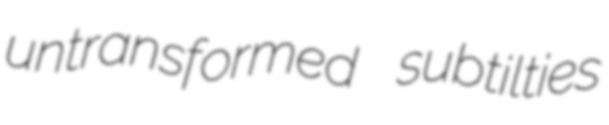
untransformed subtilties